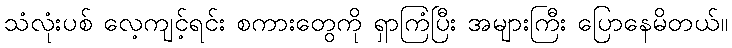
သံလုံးပစ် လေ့ကျင့်ရင်း စကားတွေကို ရှာကြံပြီး အများကြီး ပြောနေမိတယ်။